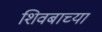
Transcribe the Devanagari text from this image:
शिवबाच्या